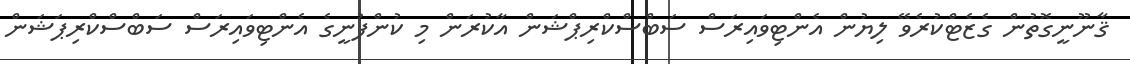
ޤާނޫނީގޮތުން ގެޒެޓްކުރެވޭ ލިޔުން އެންޓިވައިރަސް ސަބްސްކްރިޕްޝަން އާކުރަން މި ކުންފުނީގެ އެންޓިވައިރަސް ސަބްސްކްރިޕަޝަން